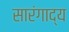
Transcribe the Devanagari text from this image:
सारंगाद्य